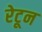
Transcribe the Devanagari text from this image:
रेटून